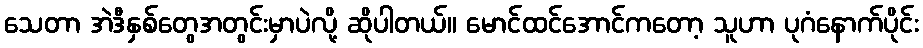
သေတာ အဲဒီနှစ်တွေအတွင်းမှာပဲလို့ ဆိုပါတယ်။ မောင်ထင်အောင်ကတော့ သူဟာ ပုဂံနောက်ပိုင်း